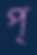
প্